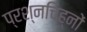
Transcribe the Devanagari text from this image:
प्रश्नचिह्नों